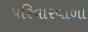
પરિવારવાળા